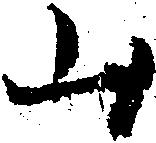
山